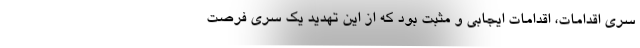
سری اقدامات، اقدامات ایجابی و مثبت بود که از این تهدید یک سری فرصت